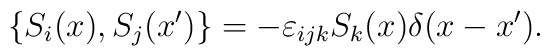
\{S_i(x), S_j(x')\} = - \varepsilon _{ijk} S_k(x) \delta(x - x').